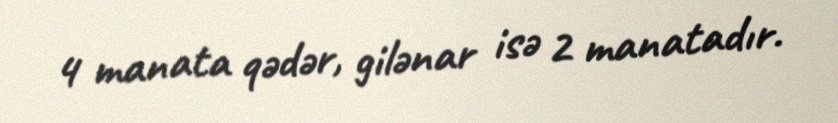
4 manata qədər, gilənar isə 2 manatadır.